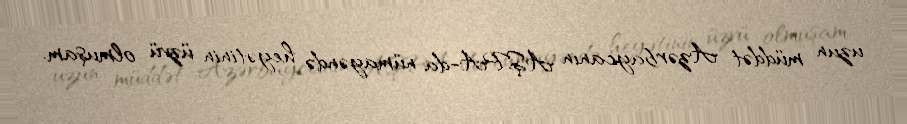
uzun müddət Azərbaycanın AŞPA-da nümayəndə heyətinin üzvü olmuşam.